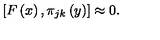
\left[ F \left( x \right) , \pi _ { j k } \left( y \right) \right] \approx 0 .